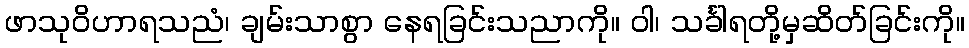
ဖာသုဝိဟာရသညံ၊ ချမ်းသာစွာ နေရခြင်းသညာကို။ ဝါ၊ သင်္ခါရတို့မှဆိတ်ခြင်းကို။